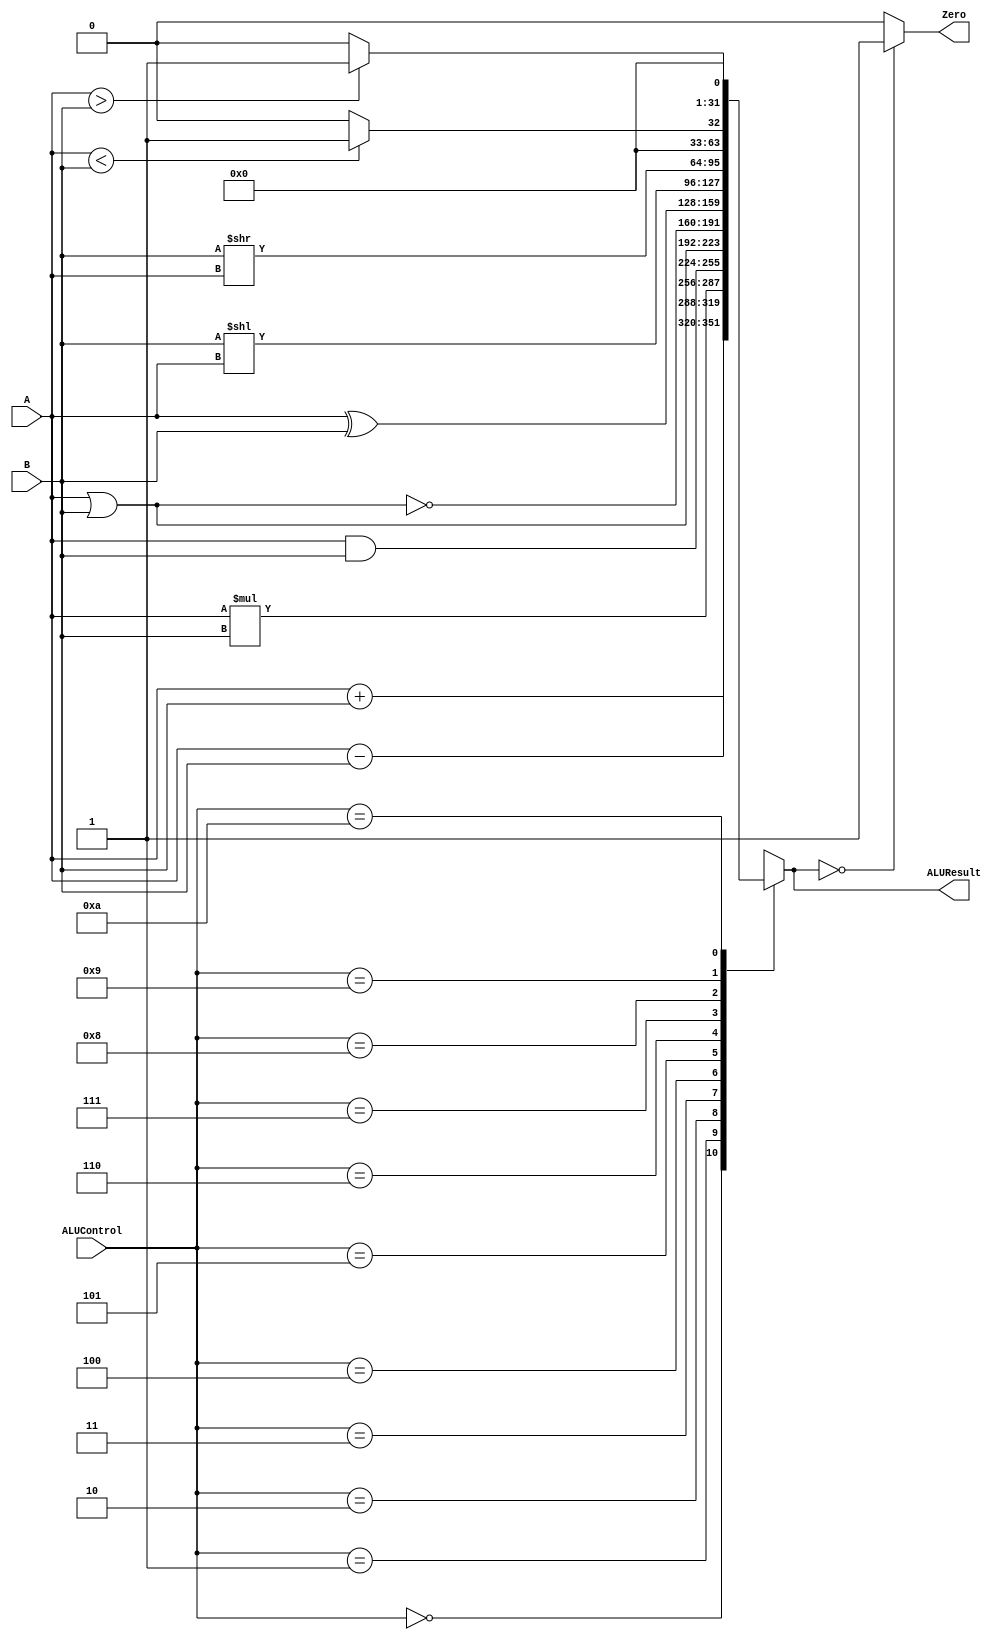
`timescale 1ns / 1ps
//////////////////////////////////////////////////////////////////////////////////
// Company: 
// Engineer: 
// 
// Design Name: 
// Module Name: ALU
// Project Name: 
// Target Devices: 
// Tool Versions: 
// Description: 
// 
// Dependencies: 
// 
// Revision:
// Revision 0.01 - File Created
// Additional Comments:
// 
//////////////////////////////////////////////////////////////////////////////////

module ALU(ALUControl, A, B, ALUResult, Zero);
    
	input [3:0] ALUControl; // control bits for ALU operation
                            // you need to adjust the bitwidth as needed

	input signed [31:0] A, B;	    // inputs

	output reg signed [31:0] ALUResult;	// answer
	output reg Zero;	    // Zero=1 if ALUResult == 0

    // Combinational, no need for Clock
    always @ (*) begin
    
    // Assign ALUResult register
    case (ALUControl)   
        0: ALUResult <= A + B; // add, addi
        1: ALUResult <= A - B; // sub, subi
        2: ALUResult <= A * B; // mul
        3: ALUResult <= A & B; // and, andi
        4: ALUResult <= A | B; // or, ori
        5: ALUResult <= ~(A | B); // nor
        6: ALUResult <= A ^ B; // xor, xori
        7: ALUResult <= B << A; // sll
        8: ALUResult <= B >> A; // srl
        9: begin if (A < B) ALUResult <= 1; else ALUResult <= 0; end // slt
	10: begin if (A > B) ALUResult <= 1; else ALUResult <= 0; end //sgt
        default: ALUResult <= 32'hXXXXXXXX; // nop
    endcase
    
    // Assign Zero bit
    if (ALUResult == 0) Zero <= 1;
    else Zero <= 0;
    
    end
endmodule